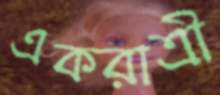
একরাত্রী